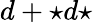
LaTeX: d+{\star}d{\star}